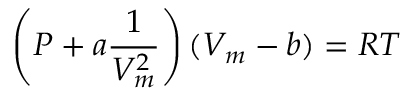
\left( P + a { \frac { 1 } { V _ { m } ^ { 2 } } } \right) ( V _ { m } - b ) = R T